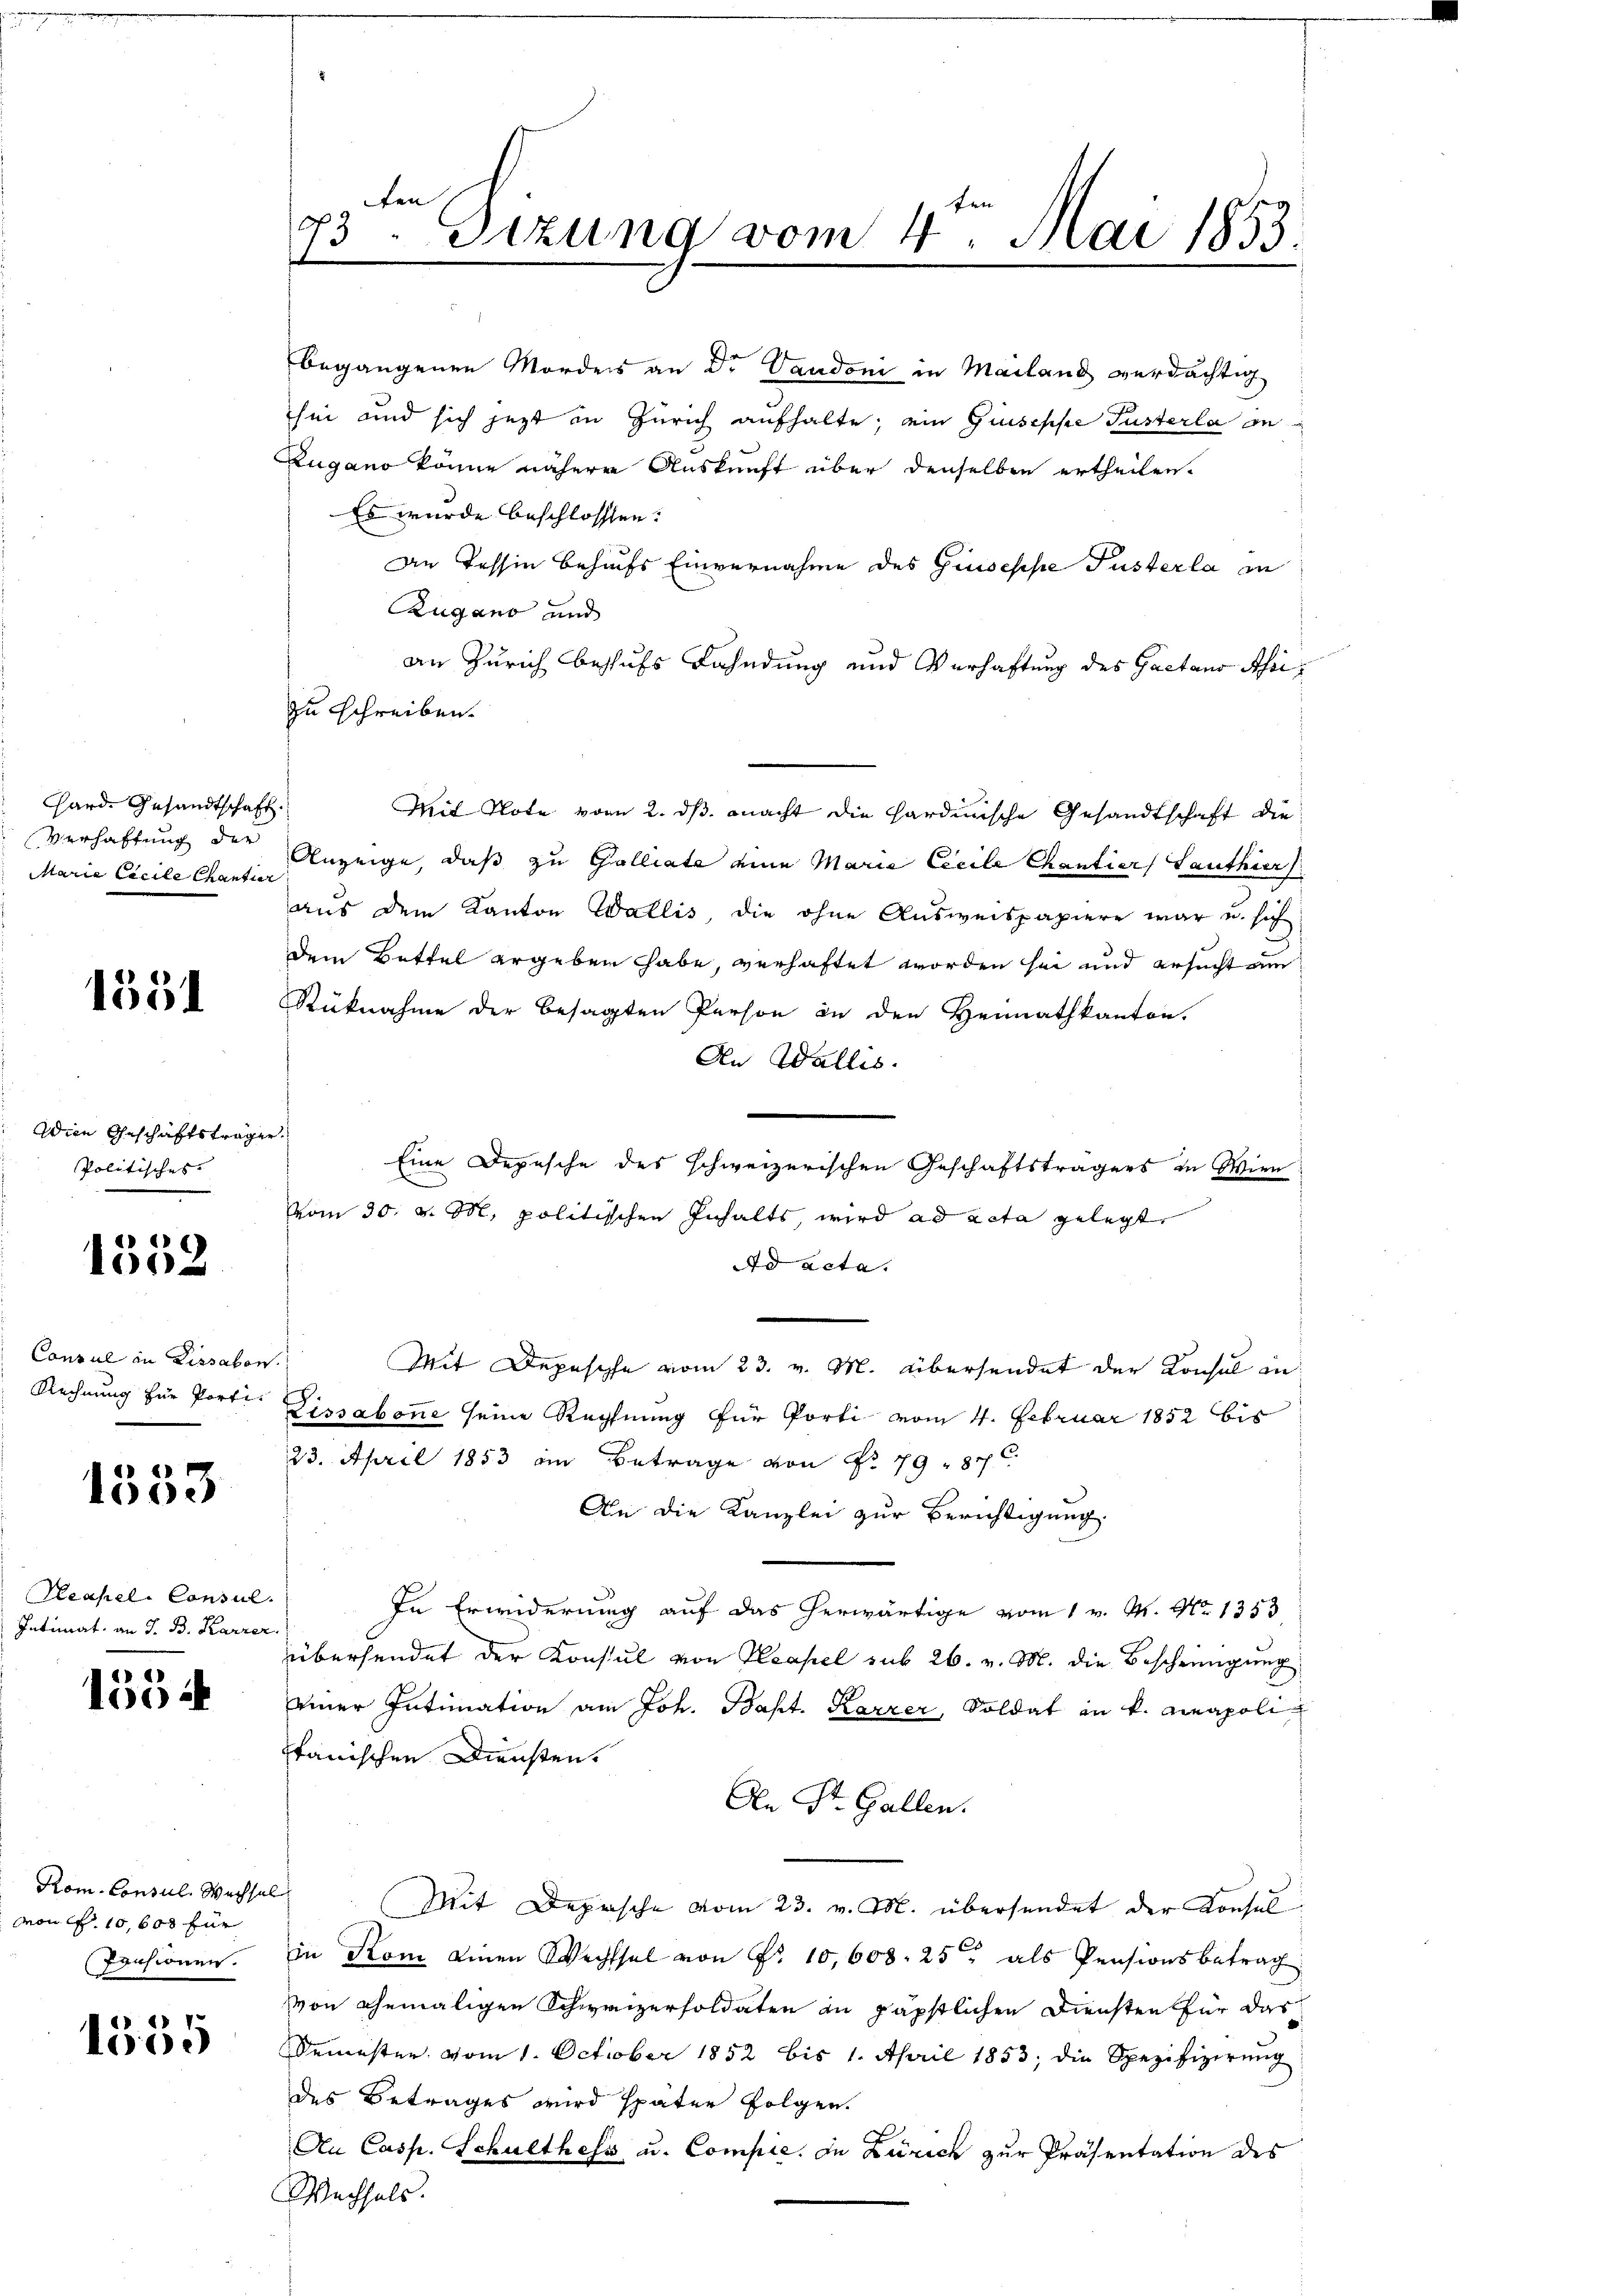
Hard. Gesandtschaft.
Verhaftung der
Marie Cicile Cantier

1551

Wien Geschäftsträger
Politisches

1352

Consul in Lissabon
Rechnung für Porti¬

1553

Peapel. Consul
Intimat, an J. B. Karrer

1554

Kom. Consul. Wachsel
Mon . 10, 600 für
Pensionen.

1
1005

fen
.ten
15. Sizung vom 4. Mai 1853.
e

begangenen Mordes an Dr Vaudoni in Mailand verdächtig
sei und sich jezt in Zürich aufhalte; ein Giuseppe Tusterla an
Zugano könne nähere Auskunft über denselben ertheilen.
Es wurde beschlossen:
Die Tessin behufs Einvernahme des Giuseppe Pusterla in
Zugano und
an Zürich behufs Fahndung und Verhaftung des Gaetaus Ahrizu schreiben.
Mit Note vom 2. ds. macht die Hardinische Gesandtschaft die
Anzeige, daß zu Galliate eine Maria Cecile Chantiers Lanthier
aus dem Kanton Wallis, die ohne Ausweispapiere war u. sich
dem Bettel ergeben habe, verhaftet worden sei und ersucht um
Rüknahme der besagten Person in den Heimathkanton.
An Wallis.
2
Eine Depesche des schweizerischen Geschäftsträgers in Wien:
vom 30. v. M. politischen Inhalts, wird ad acta gelegt,
Ad acta.
Mit Depesche vom 23. v. M. übersendet der Konsul in
Lissabonne seine Rechnung für Porti vom 4. Februar 1852 bis
23. April 1853 an Betrage von No 79. 87
An die Kanzlei zur Berichtigung.
In Erwiderung auf das herwärtige vom 1 v. M. No 1353
übersendet der Konsul von Neapel sub 26. v. M. die Beschrengung
einer Intimation am Joh. Bapt. Karzer, Soldat in v. Neapolitanischen Diensten.
An St. Gallen.
(Mit Depesche vom 23. v. M. übersendet der Konsus
in Rom einen Wechsel von P. 10,608. 25 als Pensionsbetrag
von ehemaligen Schweizersoldaten in päpstlichen Diensten für das
Semester vom 1. October 1852 bis 1. April 1853, die Spezifizierung
des Betrages wird später folgen.
An Casp. Schulthess u. Compie. In Zürich zur Präsentation des
Wechsels.